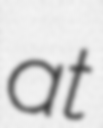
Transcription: at